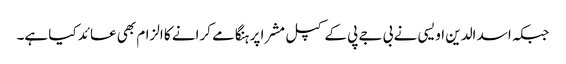
جبکہ اسد الدین اویسی نے بی جے پی کے کپل مشرا پر ہنگامے کرانے کا الزام بھی عائد کیا ہے۔